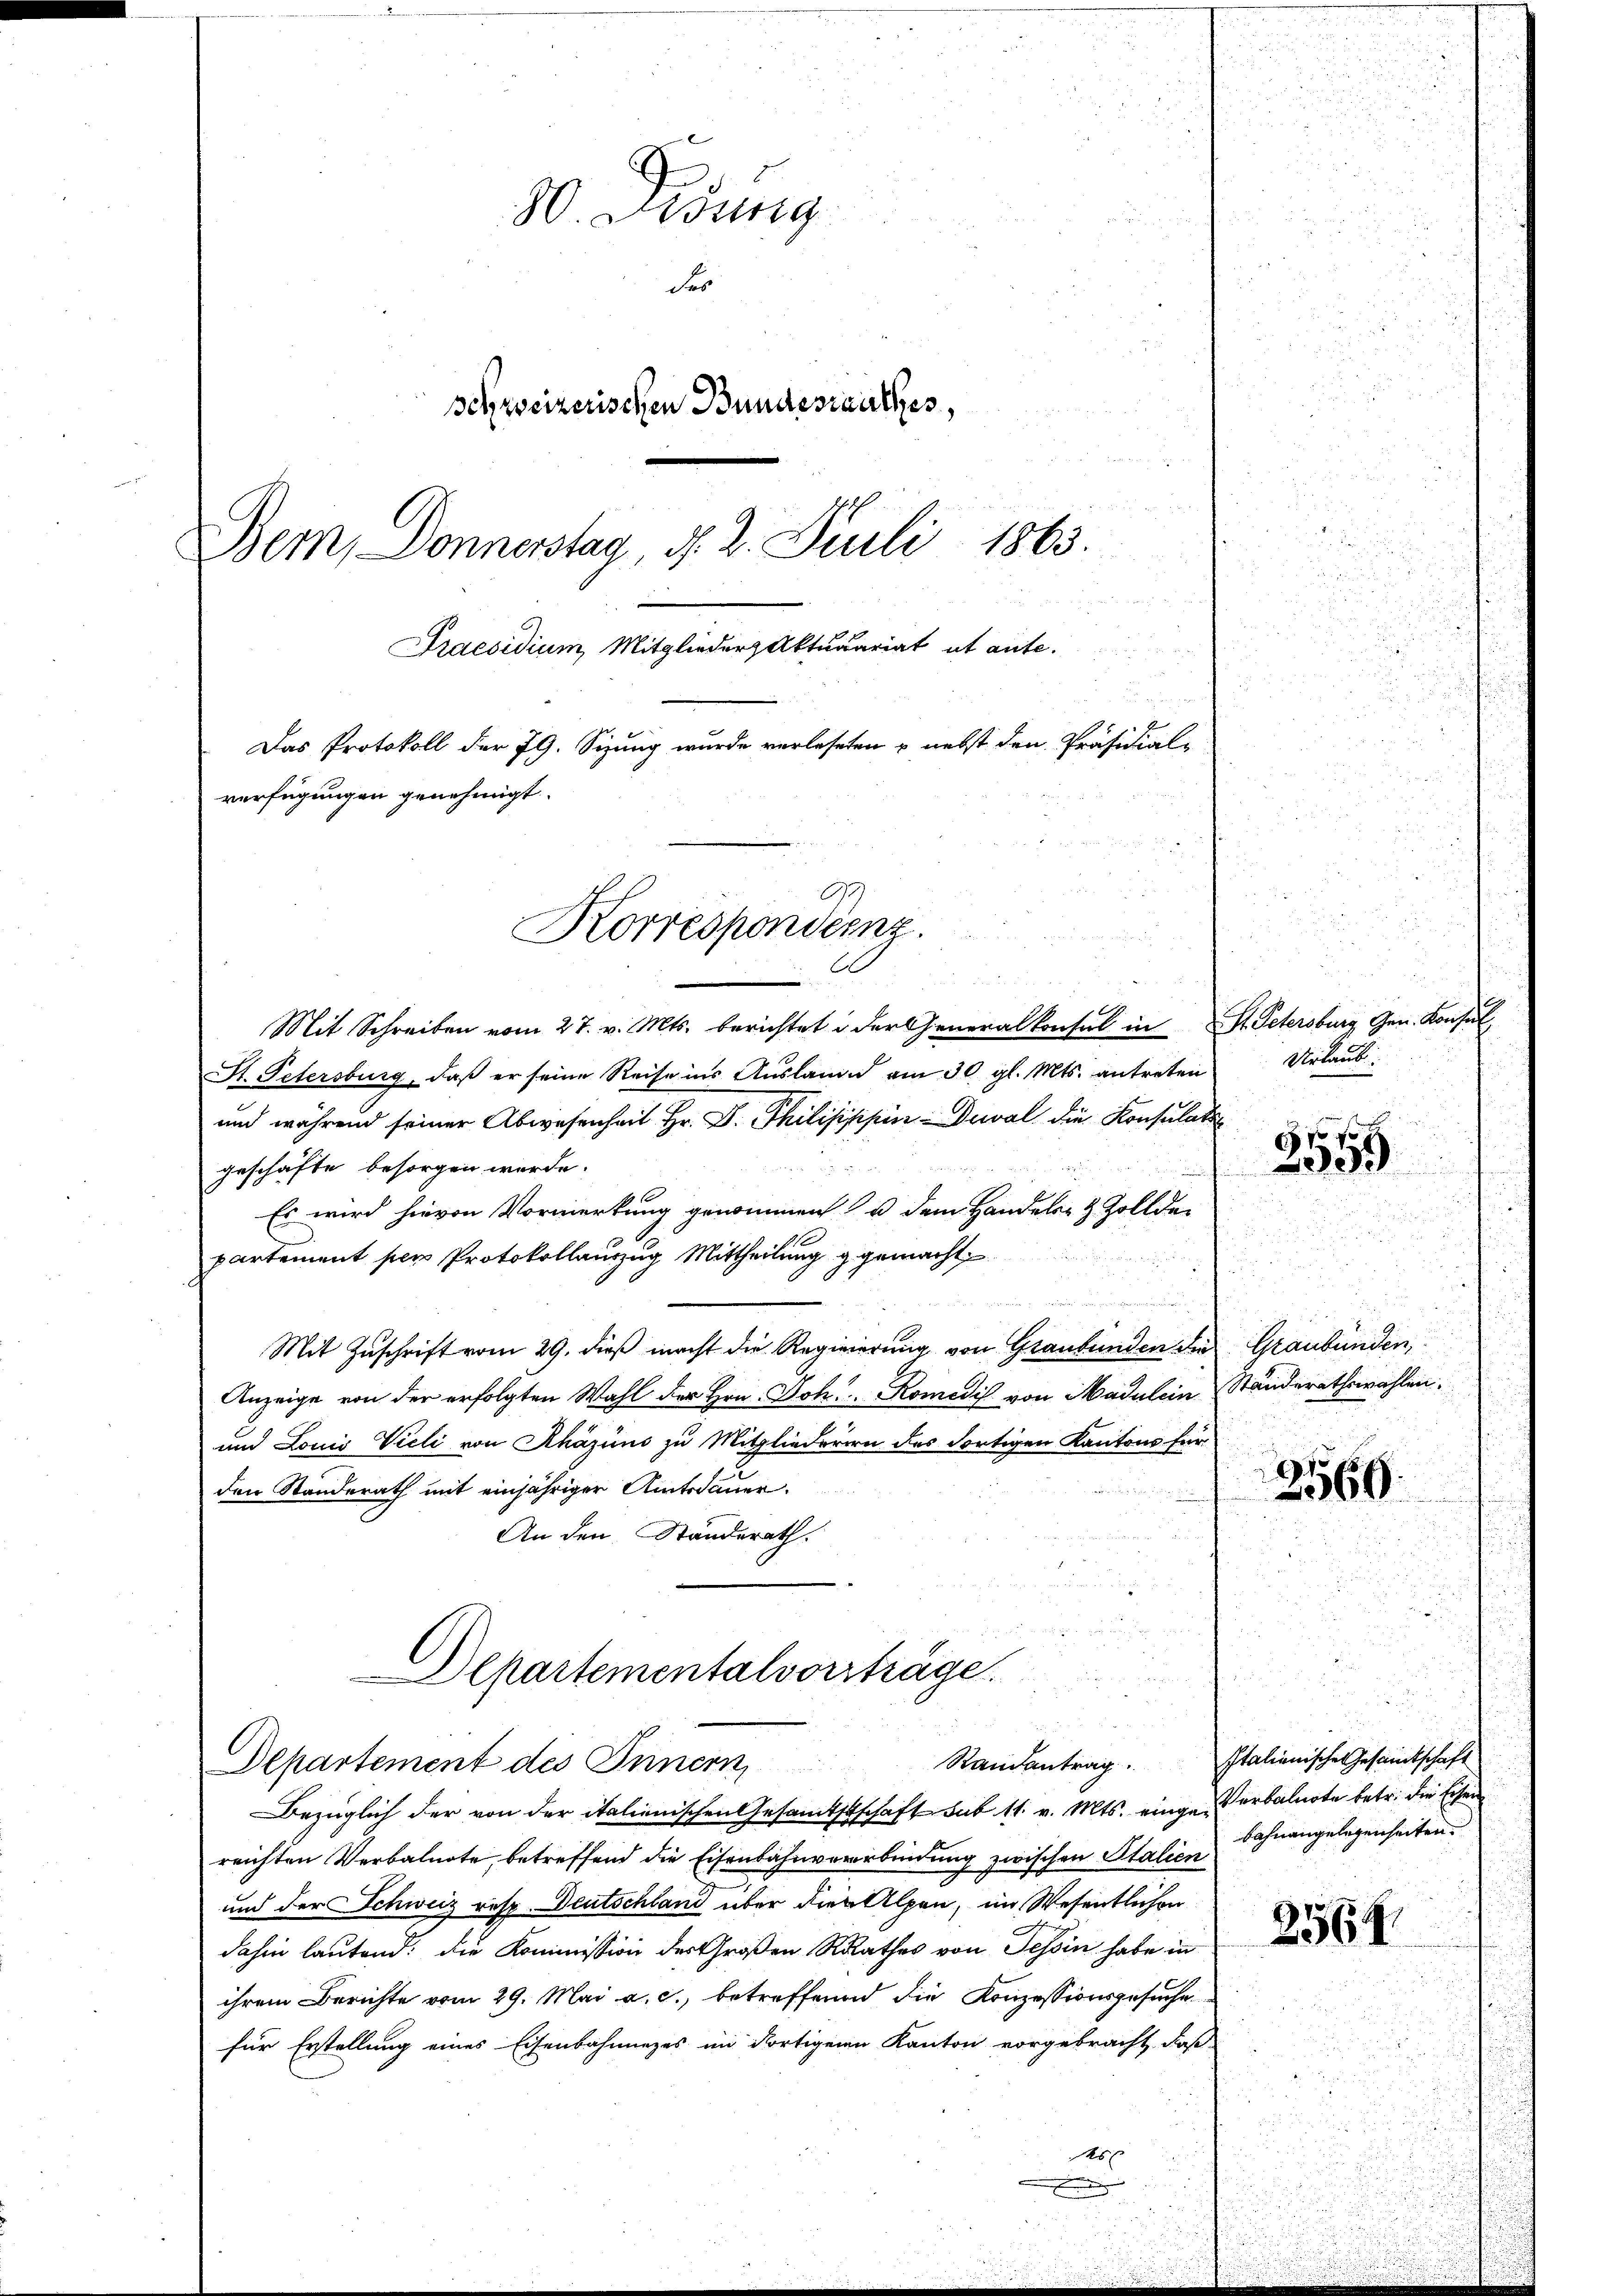
30. Dedung
der
schweizerischen Bundesrathes,
Bern, Donnerstag, d. 2. Juli 1863.
n
Praesidium Mitglieder Aktuariat ut ante.
Das Protokoll der 79. Sizung wurde verleseten & nebst den Präsidial-
verfügungen genehmigt.

u
Mit Schreiben vom 27. v. Mts. berichtet in der Generalkonsul in St. Petersburg, Gen. Konsul
St. Petersburg, daß er seine Reise ins Auslange am 30. gl. Mts. antreten
und während seiner Abwesenheit Hr. P. Philisippin Deval, die Konsulater
geschäfte besorgen werde.
Es wird hievon Vormerkung genommen u dem Handels- & Zollder
partement per Protokollauszug Mittheilung g gemacht.
Mit Zuschrift vom 29. dieß macht die Regiererung von Graubünden die Graubünden,
Anzeige von der erfolgten Wahl der Hrn. Joh. Komedis von Madulein Ständerathswahlen,
und Louis Vieli von Khäzüns zu Mitgliederern des dortigen Kantons für
den Standerath mit einjähriger Amtsdauer.
An den Ständerath.
u

G
Korrespondernz.

Departementalverträge.
2
Departement des Innern,

Bezüglich der von der italienischen Gesamtstschaft sub 11. v. Mts. einge erbalnote betr. die Eisen
reichten Verbalnote, betreffend die Eisenbahnvererbindung zwischen Stalien
und der Schweiz resp. Deutschland über die Alpen, im Wesentlichen
dahin lautend: die Kommission des Großen Rathes von Tessin habe in
ihrem Berichte vom 29. Mai a. c., betreffend die Konzessionsgesuche
für Erstellung eines Eisenbahnnezes im dortigenen Kanton vorgebracht, daß
s

Urlaub
15 f 40 x

399

2561

Randantrag. Italienische Gesandtschaft
bahnangelegenheiten.

2564